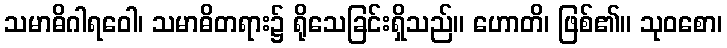
သမာဓိဂါရဝေါ၊ သမာဓိတရား၌ ရိုသေခြင်းရှိသည်။ ဟောတိ၊ ဖြစ်၏။ သုဝစော၊